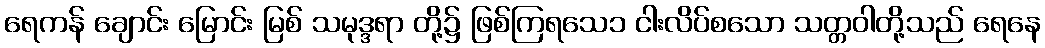
ရေကန် ချောင်း မြောင်း မြစ် သမုဒ္ဒရာ တို့၌ ဖြစ်ကြရသေ၁ ငါးလိပ်စသော သတ္တဝါတို့သည် ရေနေ